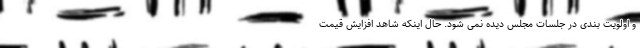
و اولویت بندی در جلسات مجلس دیده نمی شود. حال اینکه شاهد افزایش قیمت